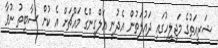
ޝަރީއަތުގެ މަޖިލީހުގައި ދައުލަތުން އެދުނީ އަލްގީންގެ މައްޗަށް އެ ކުށް ސާބިތު ނުވާ